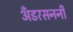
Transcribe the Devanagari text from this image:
अँडरसननी